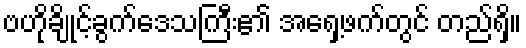
ဗဟိုချိုင့်ခွက်ဒေသကြီး၏ အရှေ့ဖက်တွင် တည်ရှိ။